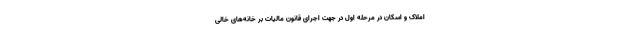
املاک و اسکان در مرحله اول در جهت اجرای قانون مالیات بر خانه‌های خالی